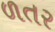
ળતર